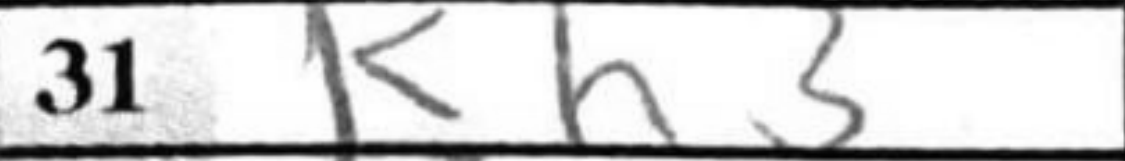
Transcription: Kh3